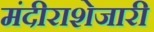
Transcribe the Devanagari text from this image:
मंदीराशेजारी